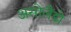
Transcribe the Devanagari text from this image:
असोलैंडो